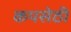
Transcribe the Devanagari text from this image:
कपसेठी